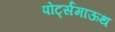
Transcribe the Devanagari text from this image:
पोर्ट्समाऊथ